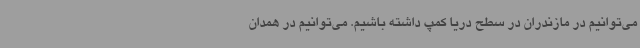
می‌توانیم در مازندران در سطح دریا کمپ داشته‌ باشیم. می‌توانیم در همدان